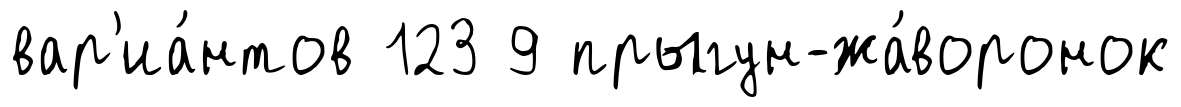
вар'иа́нтов 123 9 прыгун-жа́воронок